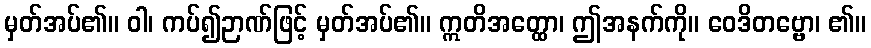
မှတ်အပ်၏။ ဝါ၊ ကပ်၍ဉာဏ်ဖြင့် မှတ်အပ်၏။ ဣတိအတ္ထော၊ ဤအနက်ကို။ ဝေဒိတဗ္ဗော၊ ၏။